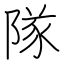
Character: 隊